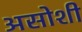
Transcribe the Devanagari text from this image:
असोशी